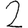
Digit: 2